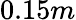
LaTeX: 0.15m